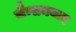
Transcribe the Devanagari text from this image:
जैन्सनवाद